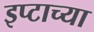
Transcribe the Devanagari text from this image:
इप्टाच्या